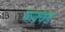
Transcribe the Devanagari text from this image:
फक्क्ड़